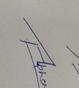
Signature authenticity: genuine